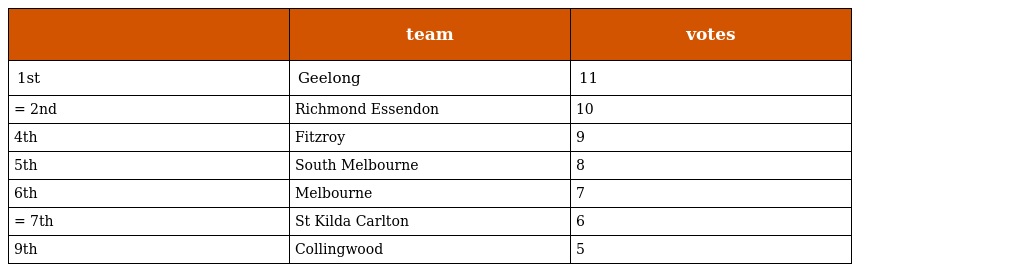
|  | team | votes |
 | --- | --- | --- |
 | 1st | Geelong | 11 |
 | = 2nd | Richmond Essendon | 10 |
 | 4th | Fitzroy | 9 |
 | 5th | South Melbourne | 8 |
 | 6th | Melbourne | 7 |
 | = 7th | St Kilda Carlton | 6 |
 | 9th | Collingwood | 5 |